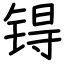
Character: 锝